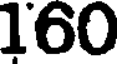
160